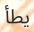
يطأ